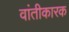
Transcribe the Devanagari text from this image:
वांतीकारक